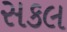
સકલ